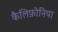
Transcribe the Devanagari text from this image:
कैलिफ़ोनिया